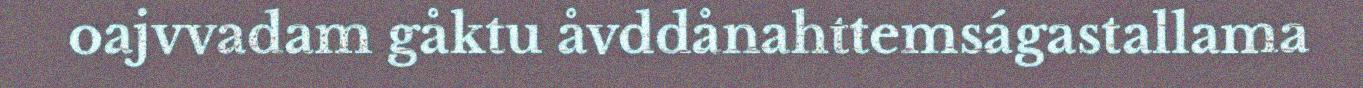
oajvvadam gåktu åvddånahttemságastallama